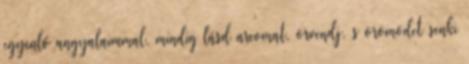
egyenlő angyalaimmal, mindig lásd arcomat, örvendj, s örömödet senki